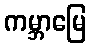
ကမ္ဘာမြေ